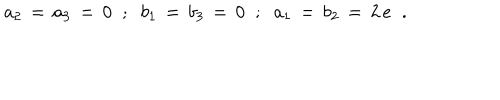
a _ { 2 } \, = \, a _ { 3 } \, = \, 0 \; \; ; \; \; b _ { 1 } \, = \, b _ { 3 } \, = \, 0 \; \; ; \; \; a _ { 1 } \, = \, b _ { 2 } \, = \, 2 \, e \; \; .